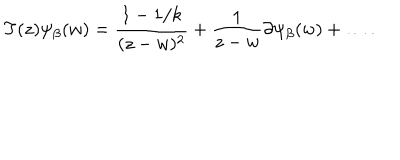
LaTeX: T ( z ) \psi _ { \beta } ( w ) = \frac { 1 - 1 / k } { ( z - w ) ^ { 2 } } + \frac { 1 } { z - w } \partial \psi _ { \beta } ( w ) + \ldots .